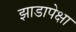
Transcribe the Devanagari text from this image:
झाडापेक्षा